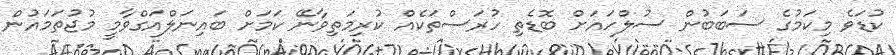
ކުޑަވެ މިކަމުގެ ސަބަބުން ސުލްހައަށް ބޮޑެތި ހުރަސްތަކެއް ކުރިމަތިވާނޭ ކަމަށް ބައިނަލްއަގްވާމީ މުޖުތަމައުން